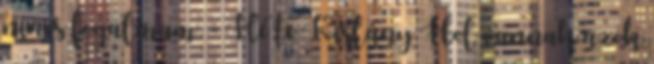
nincs fogalmam. - Hé te Kislány Hol vannak azok